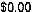
$0.00